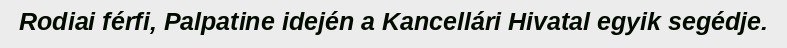
Rodiai férfi, Palpatine idején a Kancellári Hivatal egyik segédje.